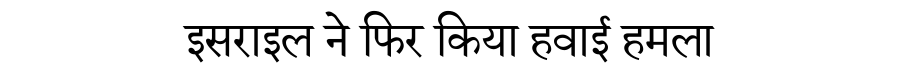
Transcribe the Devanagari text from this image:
इसराइल ने फिर किया हवाई हमला